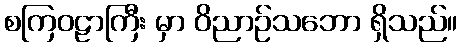
စကြဝဠာကြီး မှာ ဝိညာဉ်သဘော ရှိသည်။